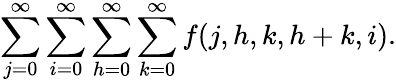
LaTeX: \sum_{j=0}^{\infty}\sum_{i=0}^{\infty}\sum_{h=0}^{\infty}\sum_{k=0}^{\infty}f(j,h,k,h+k,i).